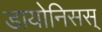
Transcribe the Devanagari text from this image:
डायोनिसस्